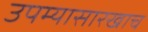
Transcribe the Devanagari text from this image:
उपम्यासारखाच